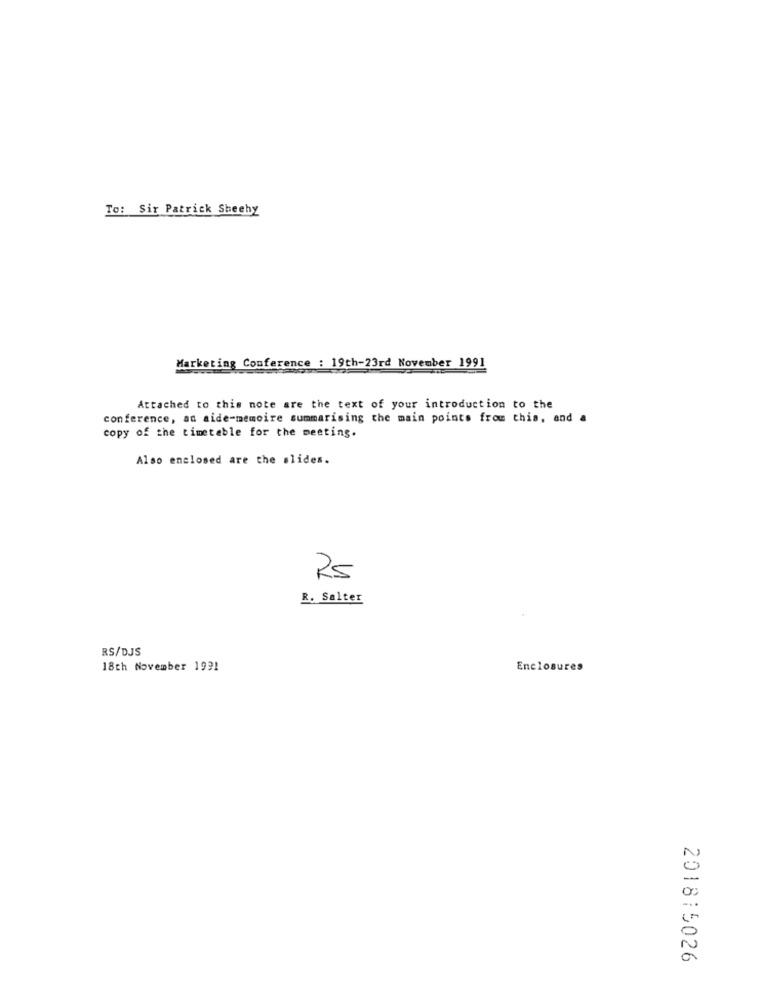
To: Sir Patrick Sheehy
Marketing Conference : 19th-23rd November 1991
Attached to this note are the text of your introduction to the
conference, an aide-memoire summarising the main points from this, and a
copy of the timetable for the meeting.
Also enclosed are the slides.
25
R. Salter
RS/DJS
18th November 1991
Enclosures
201815026